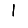
Digit: 1